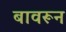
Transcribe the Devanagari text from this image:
बावरून